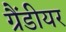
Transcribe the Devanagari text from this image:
ग्रैंडीयर